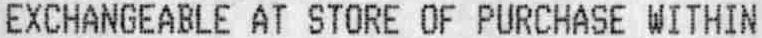
EXCHANGEABLE AT STORE OF PURCHASE WITHIN